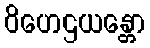
ဝိဟေဌယန္တော